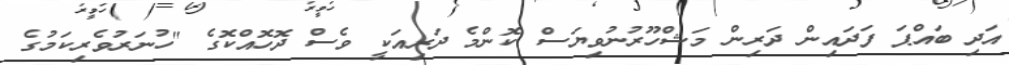
އަދި ބައްޕަ ފަދައިން ދަރިން މަޝްހޫރުނުވިޔަސް ކޮންމެ ދަރިއަކީ ވެސް ދޮހޮއްކޮގެ "ހުނަރުވެރިކަމުގެ